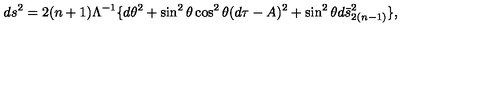
d s ^ { 2 } = 2 ( n + 1 ) \Lambda ^ { - 1 } \lbrace d \theta ^ { 2 } + \sin ^ { 2 } \theta \cos ^ { 2 } \theta ( d \tau - A ) ^ { 2 } + \sin ^ { 2 } \theta d \bar { s } _ { 2 ( n - 1 ) } ^ { 2 } \rbrace ,